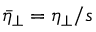
\bar { \eta } _ { \perp } = \eta _ { \perp } / s